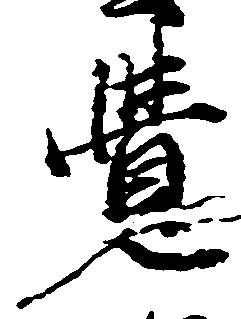
覚